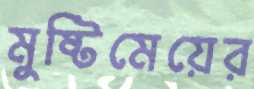
মুষ্টিমেয়ের